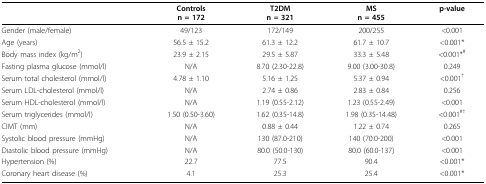
<table><thead><tr><td></td><td><b>Controlsn = 172</b></td><td><b>T2DMn = 321</b></td><td><b>MSn = 455</b></td><td><b>p-value</b></td></tr></thead><tbody><tr><td>Gender (male/female)</td><td>49/123</td><td>172/149</td><td>200/255</td><td>&lt; 0.001</td></tr><tr><td>Age (years)</td><td>56.5 ± 15.2</td><td>61.3 ± 12.2</td><td>61.7 ± 10.7</td><td>&lt; 0.001*</td></tr><tr><td>Body mass index (kg/m<sup>2</sup>)</td><td>23.9 ± 2.15</td><td>29.5 ± 5.87</td><td>33.3 ± 5.48</td><td>&lt; 0.001*<sup>#</sup></td></tr><tr><td>Fasting plasma glucose (mmol/l)</td><td>N/A</td><td>8.70 (2.30-22.8)</td><td>9.00 (3.00-30.8)</td><td>0.249</td></tr><tr><td>Serum total cholesterol (mmol/l)</td><td>4.78 ± 1.10</td><td>5.16 ± 1.25</td><td>5.37 ± 0.94</td><td>&lt; 0.001<sup>†</sup></td></tr><tr><td>Serum LDL-cholesterol (mmol/l)</td><td>N/A</td><td>2.74 ± 0.86</td><td>2.83 ± 0.84</td><td>0.256</td></tr><tr><td>Serum HDL-cholesterol (mmol/l)</td><td>N/A</td><td>1.19 (0.55-2.12)</td><td>1.23 (0.55-2.49)</td><td>&lt; 0.001</td></tr><tr><td>Serum triglycerides (mmol/l)</td><td>1.50 (0.50-3.60)</td><td>1.62 (0.35-14.8)</td><td>1.98 (0.35-14.48)</td><td>&lt; 0.001<sup>#†</sup></td></tr><tr><td>CIMT (mm)</td><td>N/A</td><td>0.88 ± 0.44</td><td>1.22 ± 0.74</td><td>0.265</td></tr><tr><td>Systolic blood pressure (mmHg)</td><td>N/A</td><td>130 (87.0-210)</td><td>140 (70.0-200)</td><td>&lt; 0.001</td></tr><tr><td>Diastolic blood pressure (mmHg)</td><td>N/A</td><td>80.0 (50.0-130)</td><td>80.0 (60.0-137)</td><td>&lt; 0.001</td></tr><tr><td>Hypertension (%)</td><td>22.7</td><td>77.5</td><td>90.4</td><td>&lt; 0.001*</td></tr><tr><td>Coronary heart disease (%)</td><td>4.1</td><td>25.3</td><td>25.4</td><td>&lt; 0.001*</td></tr></tbody></table>